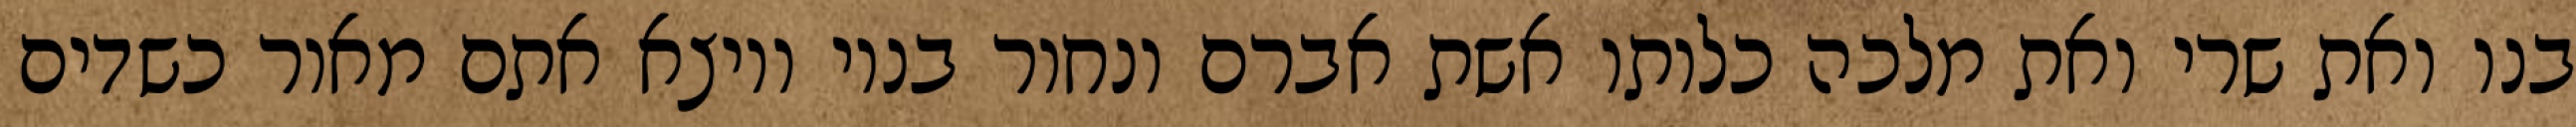
בנו ואת שרי ואת מלכה כלותו אשת אברם ונחור בניו ויוצא אתם מאור כשדים